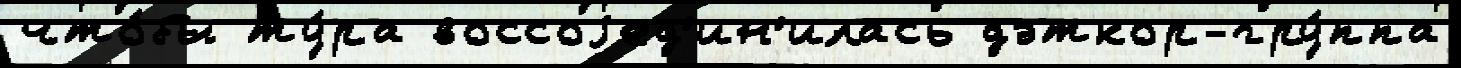
что́бы ту́ра воссоjед'ин'илась дэткор-гру́ппа